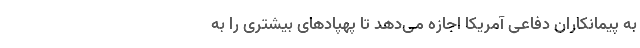
به پیمانکاران دفاعی آمریکا اجازه می‌دهد تا پهپادهای بیشتری را به